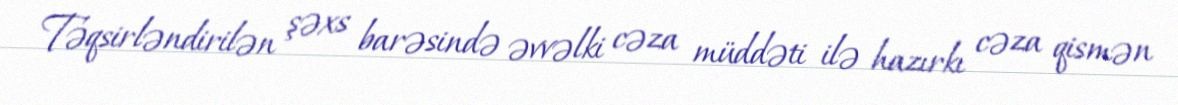
Təqsirləndirilən şəxs barəsində əvvəlki cəza müddəti ilə hazırkı cəza qismən